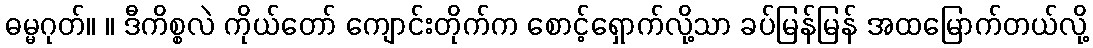
ဓမ္မဂုတ်။ ။ ဒီကိစ္စလဲ ကိုယ်တော် ကျောင်းတိုက်က စောင့်ရှောက်လို့သာ ခပ်မြန်မြန် အထမြောက်တယ်လို့